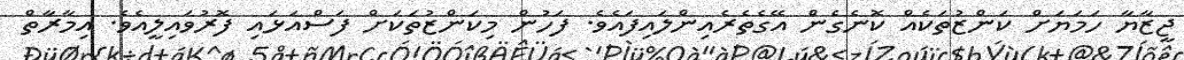
ޖީޒާޔާ ހަމަޔަށް ކަންޒުތަކެއް ކޮނެގެން އޭގެތެރެއިންލައިފައެވެ. ފަހުން މިކަންޒުތަކަށް ފަސްއަޅައި ފޮރުވައިލީއެވެ. އިމާރާތް